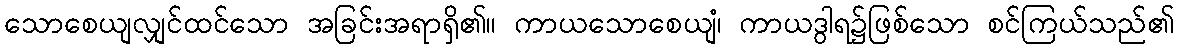
သောစေယျလျှင်ထင်သော အခြင်းအရာရှိ၏။ ကာယသောစေယျံ၊ ကာယဒွါရ၌ဖြစ်သော စင်ကြယ်သည်၏